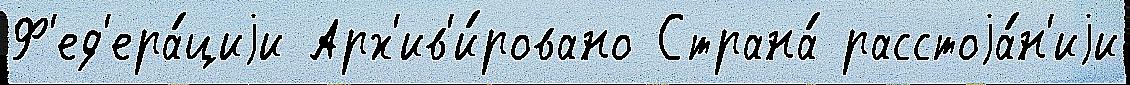
Ф'ед'ера́циjи Арх'ив'и́ровано Страна́ расстоjа́н'иjи